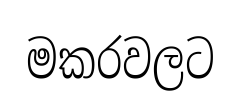
මකරවලට